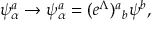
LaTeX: \psi _ { \alpha } ^ { a } \rightarrow \psi _ { \alpha } ^ { a } = ( e ^ { \Lambda } ) { } ^ { a } { } _ { b } \psi ^ { b } ,